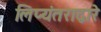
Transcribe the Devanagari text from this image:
लिप्यंतराद्वारे